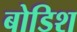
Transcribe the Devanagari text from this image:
बोडिश